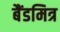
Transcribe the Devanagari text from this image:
बैंडमित्र